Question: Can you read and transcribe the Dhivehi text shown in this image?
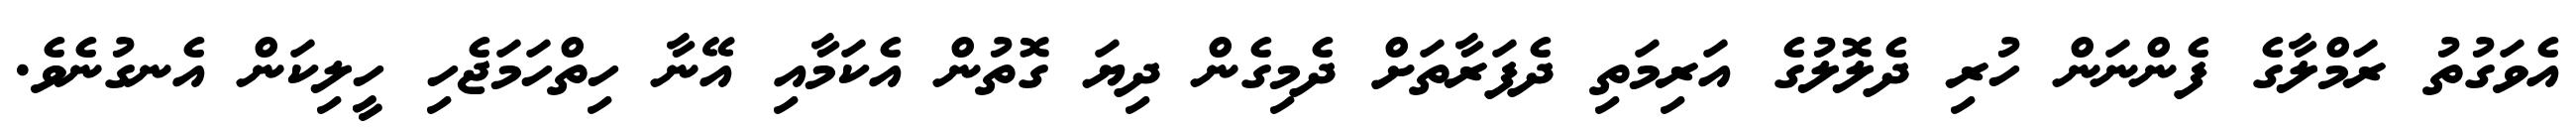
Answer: އެވަގުތު ރަމްލާގެ ފެންނަން ހުރި ދެލޮލުގެ އަރިމަތި ދެފަރާތަށް ދެމިގެން ދިޔަ ގޮތުން އެކަމާއި އޭނާ ހިތްހަމަޖެހި ހީލިކަން އެނގުނެވެ.